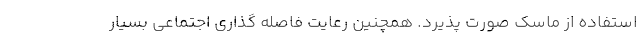
استفاده از ماسک صورت پذیرد. همچنین رعایت فاصله گذاری اجتماعی بسیار